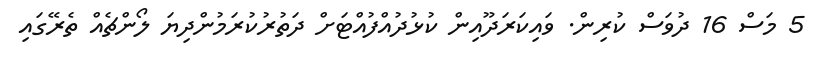
5 މަސް 16 ދުވަސް ކުރިން. ވައިކަރަދޫއިން ކުޅުދުއްފުއްޓަށް ދަތުރުކުރަމުންދިޔަ ލޯންޗެއް ތެރޭގައި